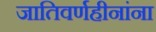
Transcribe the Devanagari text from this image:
जातिवर्णहीनांना